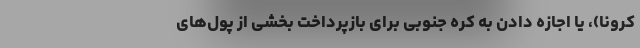
کرونا)، یا اجازه دادن به کره جنوبی برای بازپرداخت بخشی از پول‌های